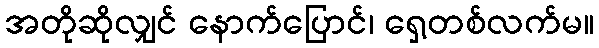
အတိုဆိုလျှင် နောက်ပြောင်၊ ရှေ့တစ်လက်မ။